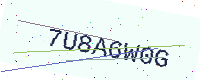
Text: 7U8A6W0G